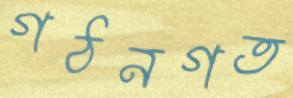
গঠনগত